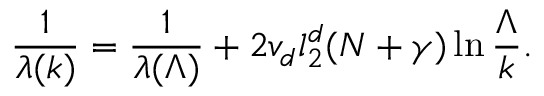
\frac { 1 } { \lambda ( k ) } = \frac { 1 } { \lambda ( \Lambda ) } + 2 v _ { d } l _ { 2 } ^ { d } ( N + \gamma ) \ln \frac { \Lambda } { k } .